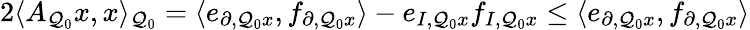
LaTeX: \begin{array}{r}{2\langle A_{\mathcal{Q}_{0}}x,x\rangle_{\mathcal{Q}_{0}}=\langle e_{\partial,\mathcal{Q}_{0}x},f_{\partial,\mathcal{Q}_{0}x}\rangle-e_{I,\mathcal{Q}_{0}x}f_{I,\mathcal{Q}_{0}x}\leq\langle e_{\partial,\mathcal{Q}_{0}x},f_{\partial,\mathcal{Q}_{0}x}\rangle}\end{array}